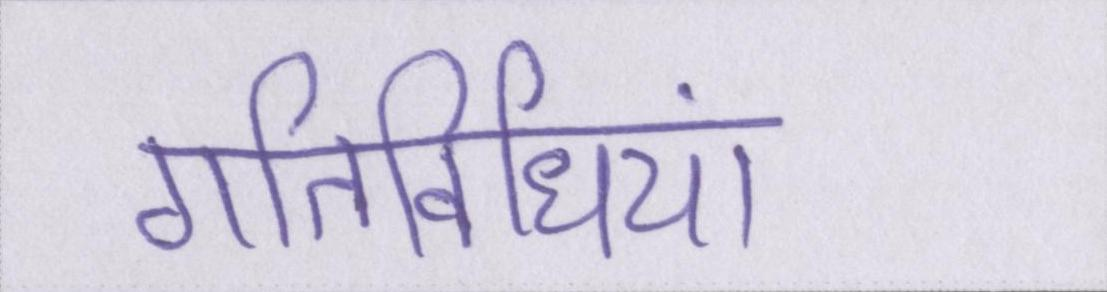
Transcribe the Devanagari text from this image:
गतिविधियां